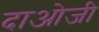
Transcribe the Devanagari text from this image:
दाओजी